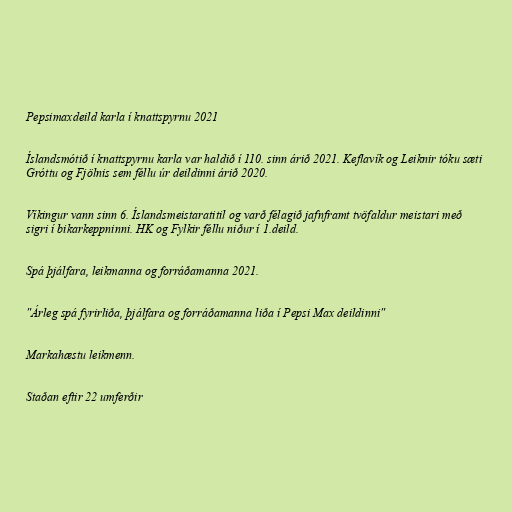
Pepsimaxdeild karla í knattspyrnu 2021

Íslandsmótið í knattspyrnu karla var haldið í 110. sinn árið 2021. Keflavík og Leiknir tóku sæti
Gróttu og Fjölnis sem féllu úr deildinni árið 2020.

Víkingur vann sinn 6. Íslandsmeistaratitil og varð félagið jafnframt tvöfaldur meistari með
sigri í bikarkeppninni. HK og Fylkir féllu niður í 1.deild.

Spá þjálfara, leikmanna og forráðamanna 2021.

"Árleg spá fyrirliða, þjálfara og forráðamanna liða í Pepsi Max deildinni"

Markahæstu leikmenn.

Staðan eftir 22 umferðir